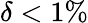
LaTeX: \delta<1\%